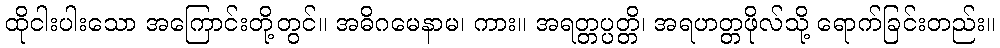
ထိုငါးပါးသော အကြောင်းတို့တွင်။ အဓိဂမေနာမ၊ ကား။ အရတ္တပ္ပတ္တိ၊ အရဟတ္တဖိုလ်သို့ ရောက်ခြင်းတည်း။